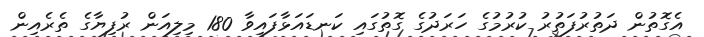
އެގޮތުން ދަތުރުފަތުރު ކުރުމުގެ ހަރަދުގެ ގޮތުގައި ކަނޑައަޅާފައިވާ 180 މިލިއަން ރުފިޔާގެ ތެރެއިން